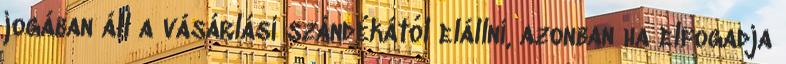
jogában áll a vásárlási szándékától elállni, azonban ha elfogadja